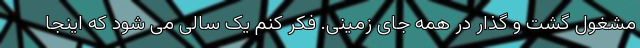
مشغول گشت و گذار در همه جای زمینی. فکر کنم یک سالی می شود که اینجا